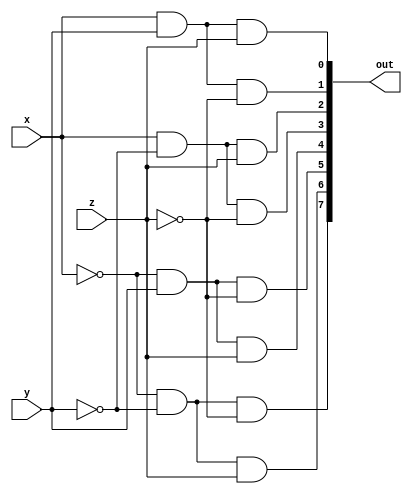
module DECODER(out, x, y, z);
  input x, y, z;
  output  [0:7]out;
  wire  x0, y0, z0;
  
  not g1(x0, x);
  not g2(y0, y);
  not g3(z0, z);
  
  and g4(out[0], x0, y0, z0);
  and g5(out[1], x0, y0, z);
  and g6(out[2], x0, y, z0);
  and g7(out[3], x0, y, z);
  and g8(out[4], x, y0, z0);
  and g9(out[5], x, y0, z);
  and g10(out[6], x, y, z0);
  and g11(out[7], x, y, z);
endmodule

module FADDER(sum, carry, x, y, z);
  input x, y, z;
  output  sum, carry;
  wire  [0:7]d;
  
  DECODER dec(d, x, y, z);
  assign  sum = d[1] | d[2] | d[4] | d[7],
          carry = d[3] | d[5] | d[6] | d[7];
endmodule 

module FADDER8(sum, carry, A, B, CarryIn);
  input [7:0] A, B;
  input CarryIn;
  output  [7:0]sum;
  output  carry;
  wire  c1, c2, c3, c4, c5, c6, c7;
  
  FADDER  mod1(sum[0], c1, A[0], B[0], CarryIn);
  FADDER  mod2(sum[1], c2, A[1], B[1], c1);
  FADDER  mod3(sum[2], c3, A[2], B[2], c2);
  FADDER  mod4(sum[3], c4, A[3], B[3], c3);
  FADDER  mod5(sum[4], c5, A[4], B[4], c4);
  FADDER  mod6(sum[5], c6, A[5], B[5], c5);
  FADDER  mod7(sum[6], c7, A[6], B[6], c6);
  FADDER  mod8(sum[7], carry, A[7], B[7], c7);
endmodule 

module testbench_8BFA;
  reg [7:0] A, B;
  reg CarryIn;
  wire  [7:0]Sum;
  wire  Carry;
  integer i, j;
  FADDER8 mod(Sum, Carry, A, B, CarryIn);
  
  initial
    begin
      $monitor($time," A = %b, B = %b, Carry In = %b, Carry = %b, Sum = %b.", A, B, CarryIn, Carry, Sum);
      #0  A=8'b00000000;  B=8'b00000000;  CarryIn=1'b0;
      for(i=0; i<256; i=i+1)
        begin
          for(j=0; j<256; j=j+1)
            begin
              #3  CarryIn=1'b0;
              #3  CarryIn = CarryIn+1'b1;
              B=B+8'b00000001;
            end
            A=A+8'b00000001;
        end
    end
endmodule